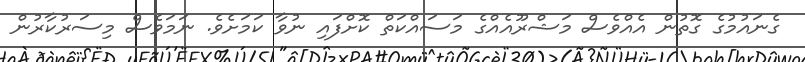
ގެނައުމުގެ ގޮތުން އެއްވެސް މަޝްރޫއެއްގެ މަސައްކަތް ކޮށްފައި ނުވާ ކަމަށެވެ. ނަމަވެސް މިސަރުކާރުން